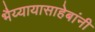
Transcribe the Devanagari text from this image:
भैय्यायासाहेबांनी